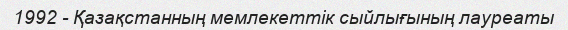
1992 - Қазақстанның мемлекеттік сыйлығының лауреаты